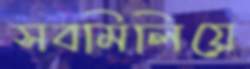
সবমিলিয়ে